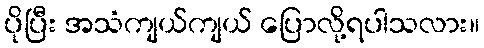
ပိုပြီး အသံကျယ်ကျယ် ပြောလို့ရပါသလား။